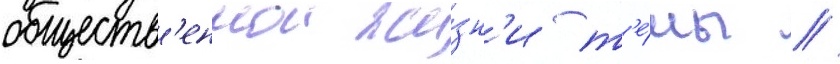
обществ'еннои жи́зн'и т'е́мы //